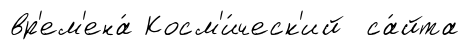
вр'ем'ена́ Косм'и́ческ'ий са́йта